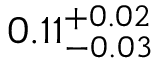
0 . 1 1 _ { - 0 . 0 3 } ^ { + 0 . 0 2 }